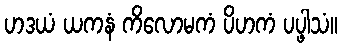
ဟဒယံ ယကနံ ကိလောမကံ ပိဟကံ ပပ္ဖါသံ။